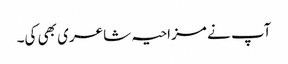
آپ نے مزاحیہ شاعری بھی کی۔